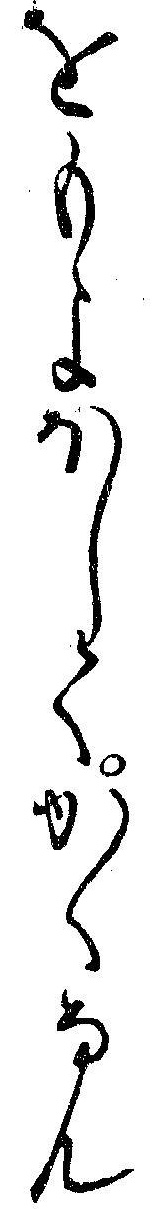
をもよほしてかくなん